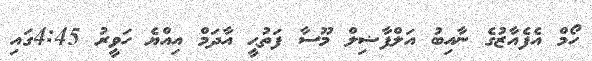
ހޯމް އެފެއާޒުގެ ނާއިބު އަލްފާޟިލް މޫސާ ފަތުޙީ އާދަމް އިއްޔެ ހަވީރު 4:45ގައި